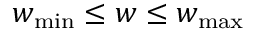
w _ { \mathrm { m i n } } \le w \le w _ { \mathrm { m a x } }